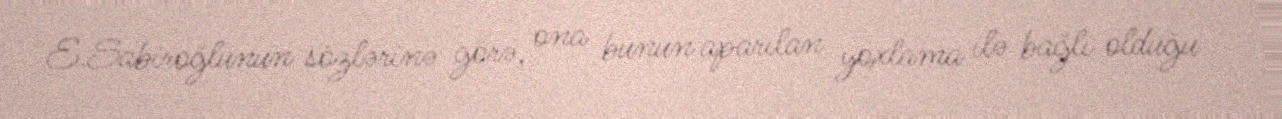
E.Sabiroğlunun sözlərinə görə, ona bunun aparılan yoxlama ilə bağlı olduğu